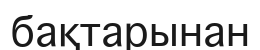
бақтарынан